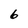
Character: 6